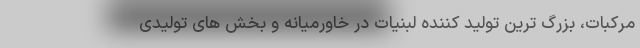
مرکبات، بزرگ ترین تولید کننده لبنیات در خاورمیانه و بخش های تولیدی